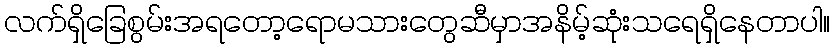
လက်ရှိခြေစွမ်းအရတော့ရောမသားတွေဆီမှာအနိမ့်ဆုံးသရေရှိနေတာပါ။